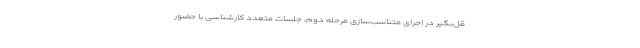
قل‌بگیر در اجرای متناسب‌سازی مرحله دوم، جلسات متعدد کارشناسی با حضور